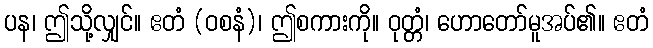
ပန၊ ဤသို့လျှင်။ ဧတံ (ဝစနံ)၊ ဤစကားကို။ ဝုတ္တံ၊ ဟောတော်မူအပ်၏။ ဧတံ